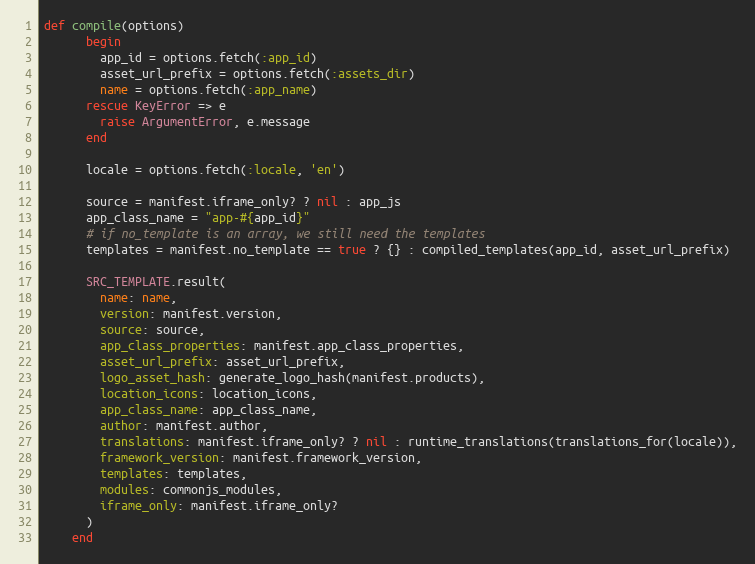
Language: Ruby
def compile(options)
      begin
        app_id = options.fetch(:app_id)
        asset_url_prefix = options.fetch(:assets_dir)
        name = options.fetch(:app_name)
      rescue KeyError => e
        raise ArgumentError, e.message
      end

      locale = options.fetch(:locale, 'en')

      source = manifest.iframe_only? ? nil : app_js
      app_class_name = "app-#{app_id}"
      # if no_template is an array, we still need the templates
      templates = manifest.no_template == true ? {} : compiled_templates(app_id, asset_url_prefix)

      SRC_TEMPLATE.result(
        name: name,
        version: manifest.version,
        source: source,
        app_class_properties: manifest.app_class_properties,
        asset_url_prefix: asset_url_prefix,
        logo_asset_hash: generate_logo_hash(manifest.products),
        location_icons: location_icons,
        app_class_name: app_class_name,
        author: manifest.author,
        translations: manifest.iframe_only? ? nil : runtime_translations(translations_for(locale)),
        framework_version: manifest.framework_version,
        templates: templates,
        modules: commonjs_modules,
        iframe_only: manifest.iframe_only?
      )
    end